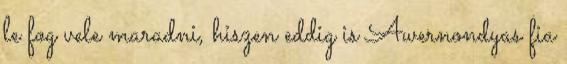
le fog vele maradni, hiszen eddig is Awernondyas fia